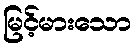
မြင့်မားသော